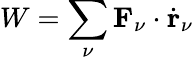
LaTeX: W=\sum_{\nu}\mathbf{F}_{\nu}\cdot\dot{\mathbf{r}}_{\nu}